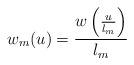
LaTeX: \begin{align*}w_m(u)=\frac{w\left(\frac{u}{l_m}\right)}{l_m}\end{align*}